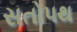
સતોપથ